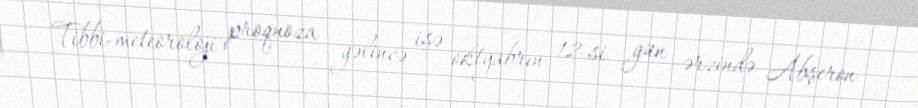
Tibbi-meteoroloji proqnoza gəlincə isə oktyabrın 12-si gün ərzində Abşeron